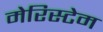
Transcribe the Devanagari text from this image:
मेरिस्टेम